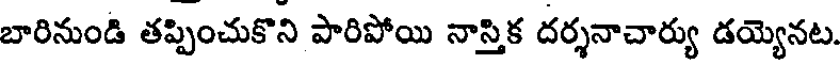
బారినుండి తప్పించుకొని పారిపోయి నాస్తిక దర్శనాచార్యు డయ్యెనట.